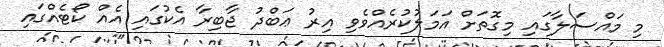
މި މައްސަލާގައި މިގޮތަށް އަމަލުކުރެއްވެވި އިރު ޢަބްދު ޖާބިރާ އެކުގައި އެއް ކޯޓެއްގައި